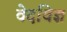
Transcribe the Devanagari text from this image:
वेदविज्ञ